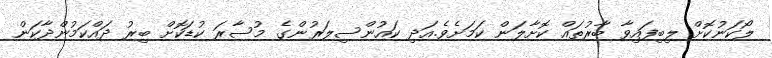
ލޯކަނުކޮށް ލިބިފައިވާ ބާރުތައް ކޮށާލަން ކަމަށެވެ.އަދި ކައުންސިލަރުންގެ މުސާރަ ކުޑަކޮށް ބިރު ދައްކަމުންދާކަން